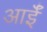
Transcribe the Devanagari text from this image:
आईँ